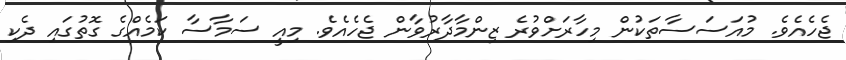
ޖެހެއެވެ. މުއަސަސާތަކުން މިހާރަށްވުރެ ޒިންމާދާރުވާން ޖެހެއެވެ. މިއީ ސަމާސާ ކަމެއްގެ ގޮތުގައި ދެކި